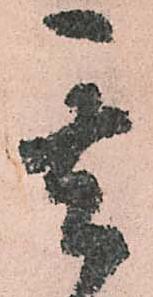
其